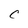
Character: C